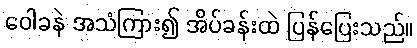
ဝေါခနဲ အသံကြား၍ အိပ်ခန်းထဲ ပြန်ပြေးသည်။